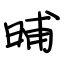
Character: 晡